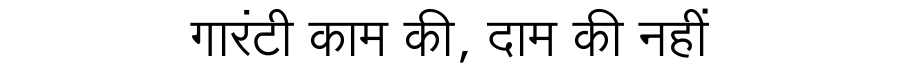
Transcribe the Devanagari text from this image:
गारंटी काम की, दाम की नहीं